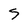
Character: S